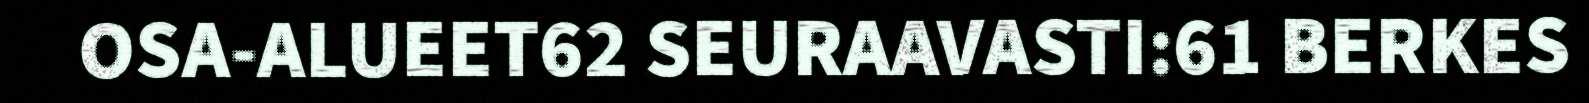
OSA-ALUEET62 SEURAAVASTI:61 BERKES